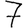
Digit: 7